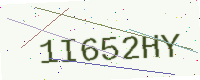
Text: 1I652HY